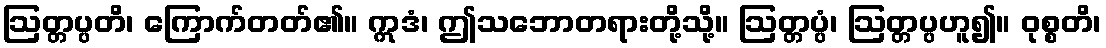
ဩတ္တပ္ပတိ၊ ကြောက်တတ်၏။ ဣဒံ၊ ဤသဘောတရားတို့သို့။ ဩတ္တပ္ပံ၊ ဩတ္တပ္ပဟူ၍။ ဝုစ္စတိ၊